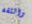
والثقة